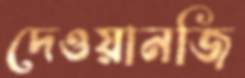
দেওয়ানজি